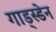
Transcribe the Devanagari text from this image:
गाड्स्डेन